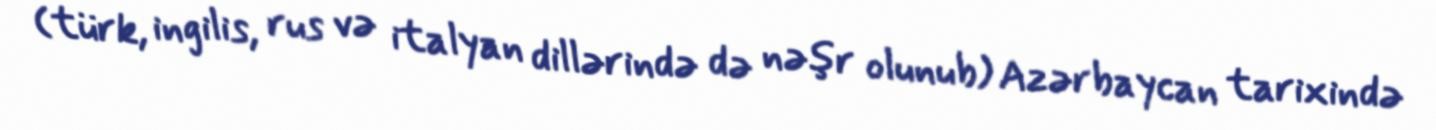
(türk, ingilis, rus və italyan dillərində də nəşr olunub) Azərbaycan tarixində